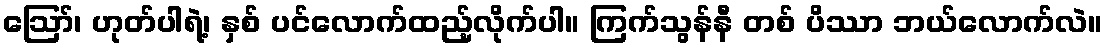
ဪ၊ ဟုတ်ပါရဲ့၊ နှစ် ပင်လောက်ထည့်လိုက်ပါ။ ကြက်သွန်နီ တစ် ပိဿာ ဘယ်လောက်လဲ။